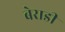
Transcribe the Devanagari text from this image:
बेराडी